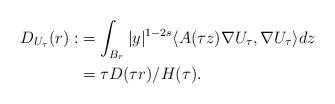
LaTeX: \begin{align*}D_{U_\tau}(r):&=\int_{B_r}|y|^{1-2s}\langle A(\tau z)\nabla U_\tau,\nabla U_\tau\rangle dz\\&=\tau D(\tau r)/H(\tau).\end{align*}